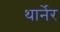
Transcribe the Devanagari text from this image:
थार्नेर